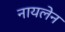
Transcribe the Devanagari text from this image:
नायलेन